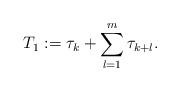
LaTeX: \begin{align*}T_1 : = \tau_k + \sum_{l = 1}^m \tau_{k + l}.\end{align*}